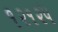
૧૨૧૨૫